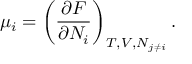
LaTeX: \mu _ { i } = \left( { \frac { \partial F } { \partial N _ { i } } } \right) _ { T , V , N _ { j \neq i } } .